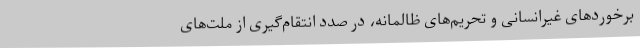
برخوردهای غیرانسانی و تحریم‌های ظالمانه، در صدد انتقام‌گیری از ملت‌های